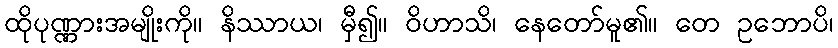
ထိုပုဏ္ဏားအမျိုးကို။ နိဿာယ၊ မှီ၍။ ဝိဟာသိ၊ နေတော်မူ၏။ တေ ဥဘောပိ၊